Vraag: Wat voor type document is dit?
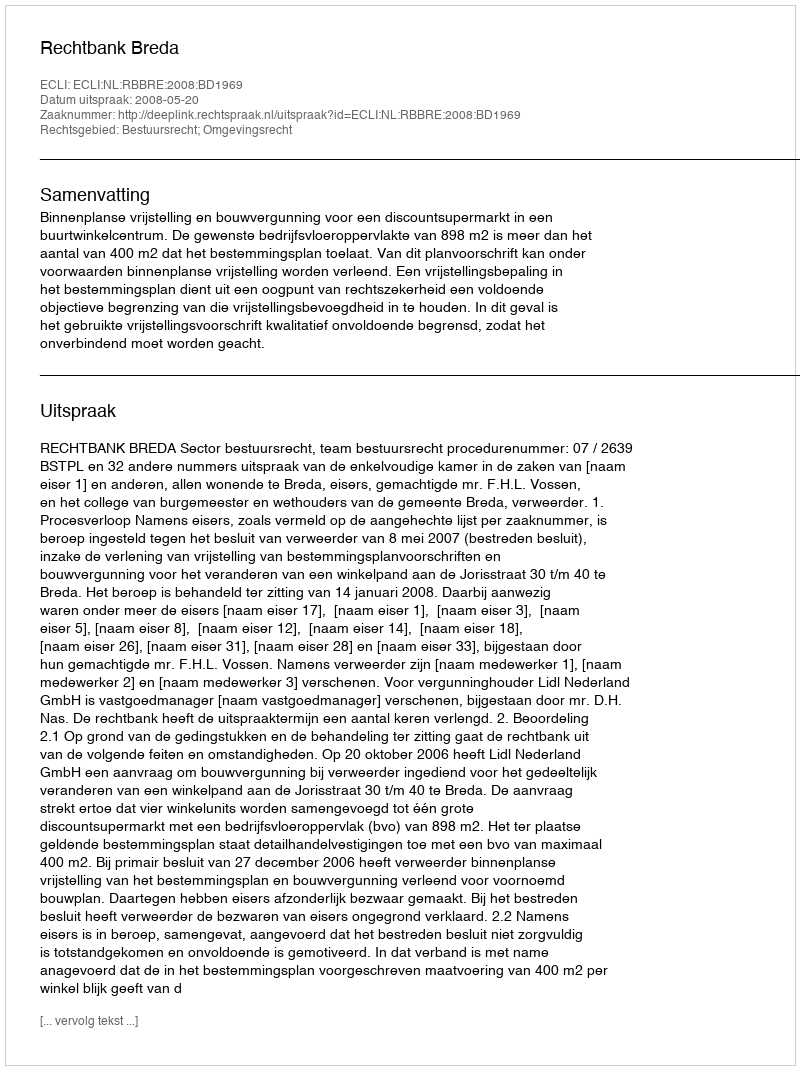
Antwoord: Uitspraak